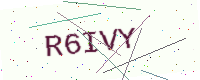
Text: R6IVY